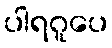
ပါရဂူပေ